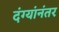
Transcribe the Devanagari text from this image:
दंग्यांनंतर